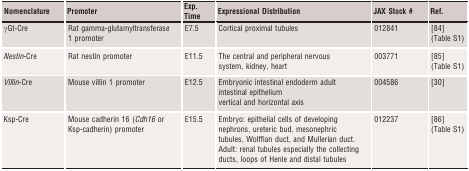
<table><thead><tr><td><b>Nomenclature</b></td><td><b>Promoter</b></td><td><b>Exp. Time</b></td><td><b>Expressional Distribution</b></td><td><b>JAX Stock #</b></td><td><b>Ref.</b></td></tr></thead><tbody><tr><td>γGt‐Cre</td><td>Rat gamma‐glutamyltransferase 1 promoter</td><td>E7.5</td><td>Cortical proximal tubules</td><td>012841</td><td>84(Table S1)</td></tr><tr><td><i>Nestin</i>‐Cre</td><td>Rat nestin promoter</td><td>E11.5</td><td>The central and peripheral nervous system, kidney, heart</td><td>003771</td><td>85(Table S1)</td></tr><tr><td><i>Villin</i>‐Cre</td><td>Mouse villin 1 promoter</td><td>E12.5</td><td>Embryonic intestinal endoderm adult intestinal epitheliumvertical and horizontal axis</td><td>004586</td><td>30</td></tr><tr><td>Ksp‐Cre</td><td>Mouse cadherin 16 (<i>Cdh16</i> or Ksp‐cadherin) promoter</td><td>E15.5</td><td>Embryo: epithelial cells of developing nephrons, ureteric bud, mesonephric tubules, Wolffian duct, and Mullerian duct.Adult: renal tubules especially the collecting ducts, loops of Henle and distal tubules</td><td>012237</td><td>86(Table S1)</td></tr></tbody></table>